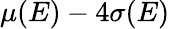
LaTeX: \mu(E)-4\sigma(E)